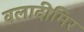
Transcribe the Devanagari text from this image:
वलादीमिर